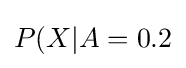
P(X|A=0.2